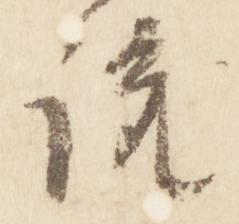
説